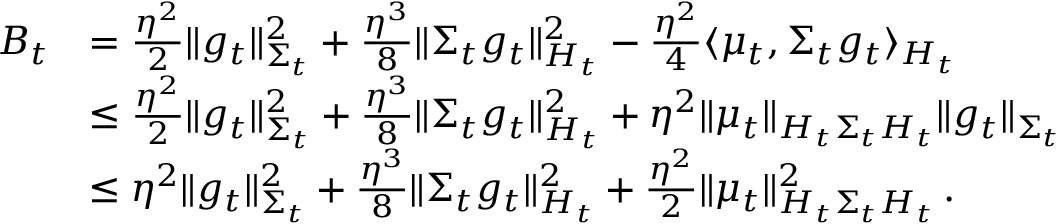
\begin{array} { r l } { B _ { t } } & { = \frac { \eta ^ { 2 } } { 2 } \Vert g _ { t } \Vert _ { \Sigma _ { t } } ^ { 2 } + \frac { \eta ^ { 3 } } { 8 } \Vert \Sigma _ { t } g _ { t } \Vert _ { H _ { t } } ^ { 2 } - \frac { \eta ^ { 2 } } { 4 } \langle \mu _ { t } , \Sigma _ { t } g _ { t } \rangle _ { H _ { t } } } \\ & { \leq \frac { \eta ^ { 2 } } { 2 } \Vert g _ { t } \Vert _ { \Sigma _ { t } } ^ { 2 } + \frac { \eta ^ { 3 } } { 8 } \Vert \Sigma _ { t } g _ { t } \Vert _ { H _ { t } } ^ { 2 } + \eta ^ { 2 } \Vert \mu _ { t } \Vert _ { H _ { t } \Sigma _ { t } H _ { t } } \Vert g _ { t } \Vert _ { \Sigma _ { t } } } \\ & { \leq \eta ^ { 2 } \Vert g _ { t } \Vert _ { \Sigma _ { t } } ^ { 2 } + \frac { \eta ^ { 3 } } { 8 } \Vert \Sigma _ { t } g _ { t } \Vert _ { H _ { t } } ^ { 2 } + \frac { \eta ^ { 2 } } { 2 } \Vert \mu _ { t } \Vert _ { H _ { t } \Sigma _ { t } H _ { t } } ^ { 2 } \, . } \end{array}